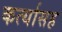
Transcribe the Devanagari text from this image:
कर्त्यासह